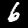
Label: 6